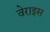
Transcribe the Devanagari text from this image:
वेराइस